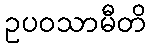
ဥပဝသာမီတိ